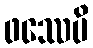
ဖဿေပိ